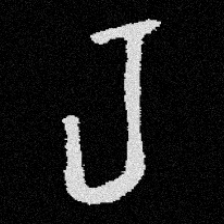
Pyu character \u2014 Myanmar letter: ရ (romanized: ra)